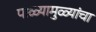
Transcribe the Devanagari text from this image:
पाळ्यामुळ्यांचा